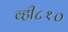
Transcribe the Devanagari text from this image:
व्ही८१०